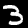
Digit: 3